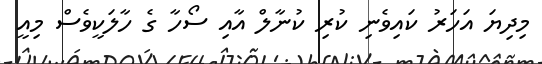
މިދިޔަ އަހަރު ކައިވެނި ކުރި ކުނާލް އާއި ސޯހާ ގެ ހާލަކީވެސް މިއީ